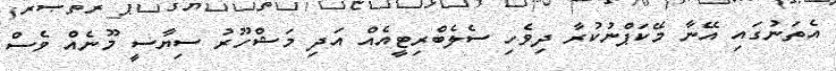
އެތަނުގައި އޭނާ މޭކަޕްނުކުރާ ދިވެހި ސެލެބްރިޓީއެއް އަދި މަޝްހޫރު ސިޔާސީ މޫނެއް ވެސް